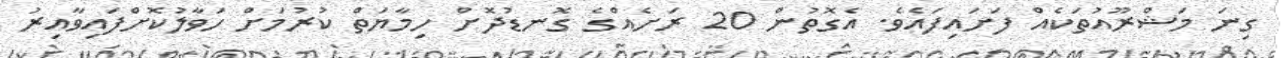
ގިނަ މަޝްރޫއުތަކެއް ފަށައިފައެވެ. އެގޮތުން 20 ރަށެއްގެ ގޮނޑުދޮށް ހިމާޔަތް ކުރުމަށް ހަވާލުކޮށްފައިވާއިރު